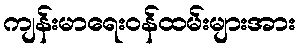
ကျန်းမာရေးဝန်ထမ်းများအား